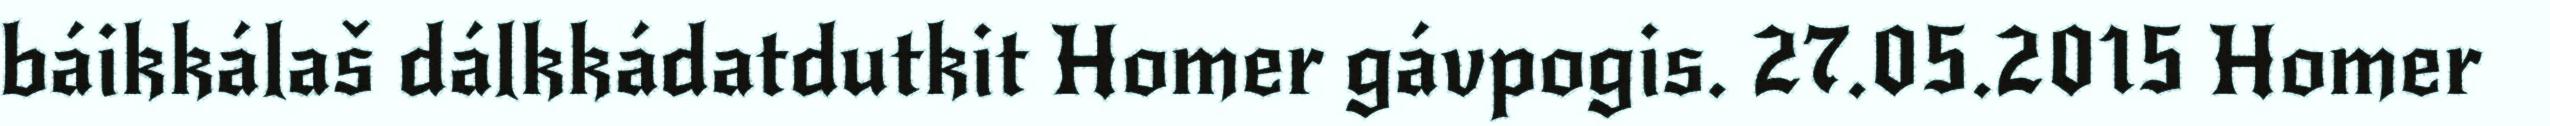
báikkálaš dálkkádatdutkit Homer gávpogis. 27.05.2015 Homer